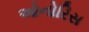
ઓનોરિસ